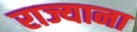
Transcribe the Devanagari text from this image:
राज्याना